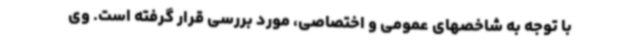
با توجه به شاخصهای عمومی و اختصاصی، مورد بررسی قرار گرفته است. وی